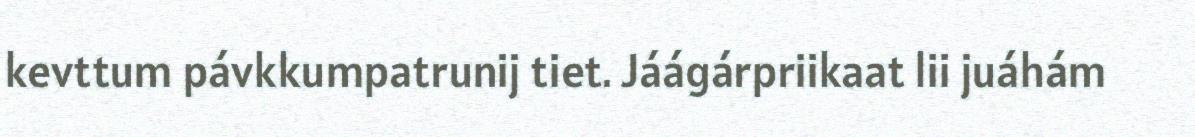
kevttum pávkkumpatrunij tiet. Jáágárpriikaat lii juáhám